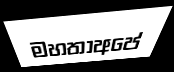
මහතාඅපේ